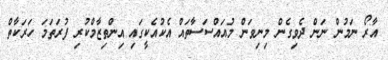
އާރޯ ނަމުން ނަން ދެވިގެން މިނިވަން މުއައްސަސާތައް އެކުއެކީގައި އިންތިޒާމްކުރި ފުރަތަމަ ހަރަކާތް